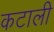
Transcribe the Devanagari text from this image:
कटाली